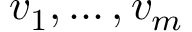
v _ { 1 } , \ldots , v _ { m }